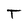
Character: T